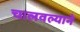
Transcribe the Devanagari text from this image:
चालवल्याने